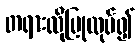
တရားလိုပြုလုပ်၍